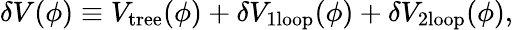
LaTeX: \delta V(\phi)\equiv V_{\textrm{tree}}(\phi)+\delta V_{\textrm{1loop}}(\phi)+\delta V_{\textrm{2loop}}(\phi),